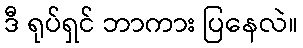
ဒီ ရုပ်ရှင် ဘာကား ပြနေလဲ။